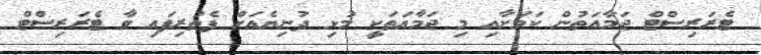
ޓެރަރިސްޓް ޖަމާއަތުން ކަމަށާއި މި ޖަމާއަތަކީ މުޅި ދުނިޔެއަށް ފެތުރިފައި ވާ ޓެރަރިސްޓް